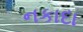
નકાદા